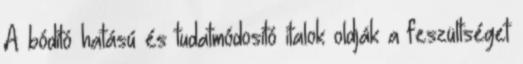
A bódító hatású és tudatmódosító italok oldják a feszültséget